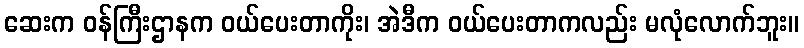
ဆေးက ဝန်ကြီးဌာနက ဝယ်ပေးတာကိုး၊ အဲဒီက ဝယ်ပေးတာကလည်း မလုံလောက်ဘူး။